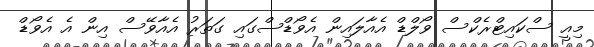
މިއީ ސްކައިޓްރެކްސް ވޯލްޑް އެއާލައިން އެވޯޑްސްގައި ގަތަރު އެއާވޭސް އިން އެ އެވޯޑް